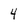
Character: 4